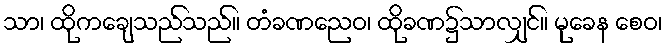
သာ၊ ထိုကချေသည်သည်။ တံခဏညေဝ၊ ထိုခဏ၌သာလျှင်။ မုခေန စေဝ၊